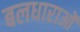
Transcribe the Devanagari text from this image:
बलधाराओं